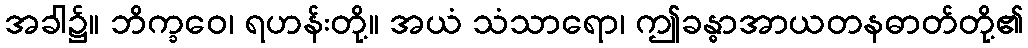
အခါ၌။ ဘိက္ခဝေ၊ ရဟန်းတို့။ အယံ သံသာရော၊ ဤခန္ဓာအာယတနဓာတ်တို့၏